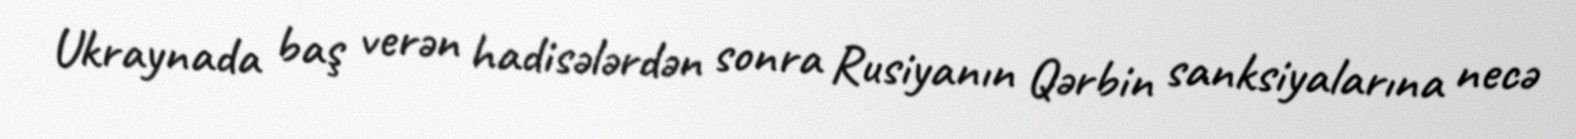
Ukraynada baş verən hadisələrdən sonra Rusiyanın Qərbin sanksiyalarına necə